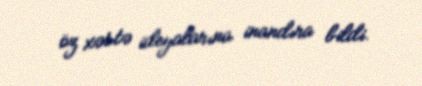
öz xəstə ideyalarına inandıra bildi.